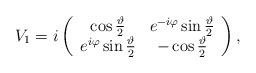
LaTeX: \begin{align*}V_{1} = i \left( \begin{array}{cc} \cos \frac{\vartheta}{2} & e^{-i\varphi} \sin \frac{\vartheta}{2} \\ e^{i\varphi} \sin \frac{\vartheta}{2} & - \cos \frac{\vartheta}{2} \end{array} \right),\end{align*}